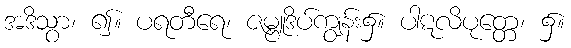
အဒိသွာ၊ ၍။ ပရတီရေ၊ ဇမ္ဗူဒိပ်ကျွန်း၌။ ပါဋလိပုတ္တေ၊ ၌။